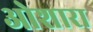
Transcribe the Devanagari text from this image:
ओशारा